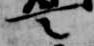
言